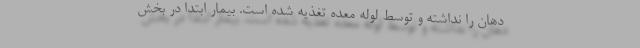
دهان را نداشته و توسط لوله معده تغذیه شده است. بیمار ابتدا در بخش